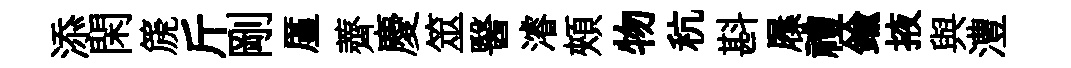
添閑篪斤剛厪薺慶筮醫濬頰物秔斟屧禮鍮掖與澧